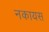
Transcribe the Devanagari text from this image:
नकायस